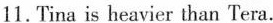
11.Tina is heavier than Tera.